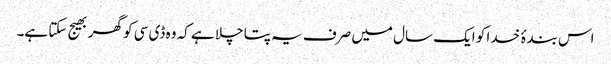
اس بندۂ خدا کو ایک سال میں صرف یہ پتا چلا ہے کہ وہ ڈی سی کو گھر بھیج سکتا ہے۔